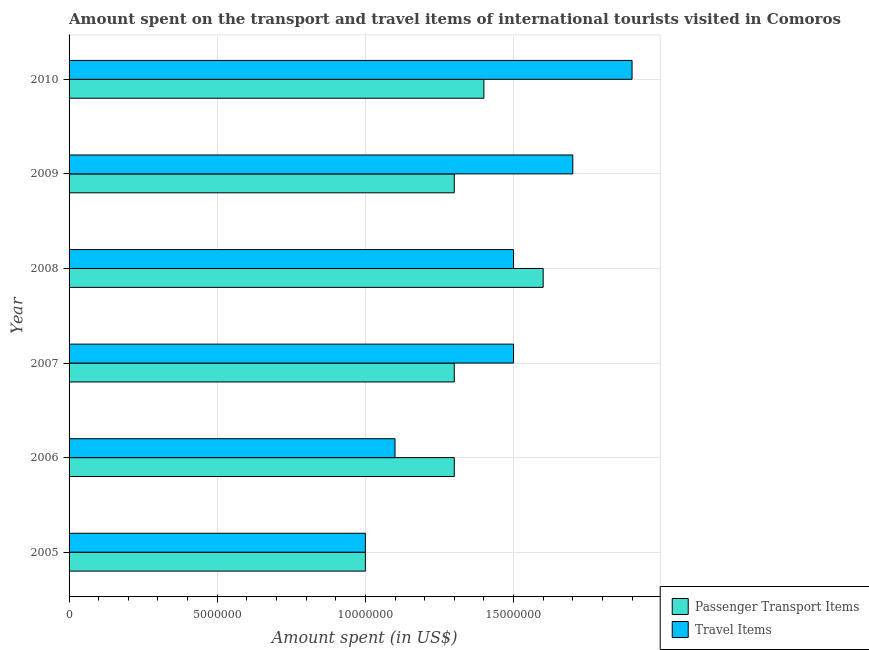
| Year | Passenger Transport Items | Travel Items |
 | --- | --- | --- |
 | 2005 | 1e+07 | 1e+07 |
 | 2006 | 1.3e+07 | 1.1e+07 |
 | 2007 | 1.3e+07 | 1.5e+07 |
 | 2008 | 1.6e+07 | 1.5e+07 |
 | 2009 | 1.3e+07 | 1.7e+07 |
 | 2010 | 1.4e+07 | 1.9e+07 |